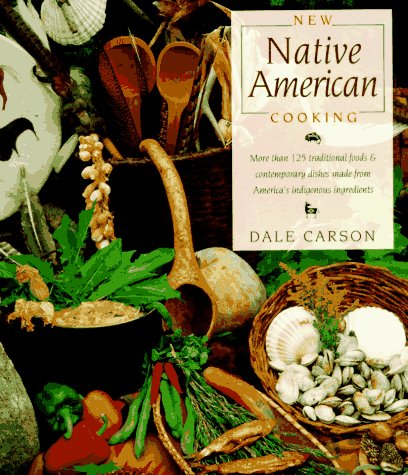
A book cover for New Native American Cooking; Dale Carson; Cookbooks, Food & Wine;